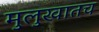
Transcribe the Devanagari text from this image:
मुलुखातच